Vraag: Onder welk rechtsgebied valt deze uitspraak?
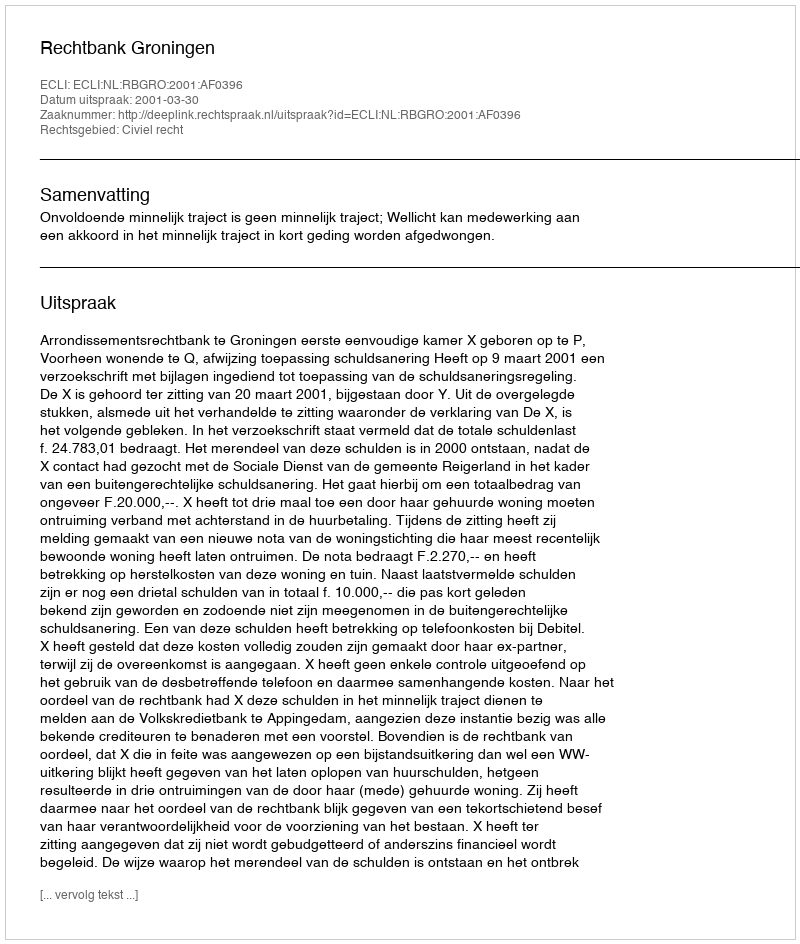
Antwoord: Civiel recht